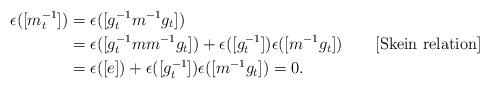
LaTeX: \begin{align*}\epsilon([m_t^{-1}]) &= \epsilon([g_t^{-1} m^{-1} g_t]) \\&= \epsilon([g_t^{-1}m m^{-1}g_t]) + \epsilon([g_t^{-1}])\epsilon([m^{-1}g_t]) \qquad[\textrm{Skein relation}]\\&= \epsilon([e]) + \epsilon([g_t^{-1}])\epsilon([m^{-1}g_t]) = 0.\end{align*}